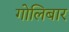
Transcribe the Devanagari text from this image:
गोलिबार